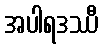
အပါရဒဿီ